Indian journal of veterinary science and animal husbandry - Volume 9,
Year: 1939
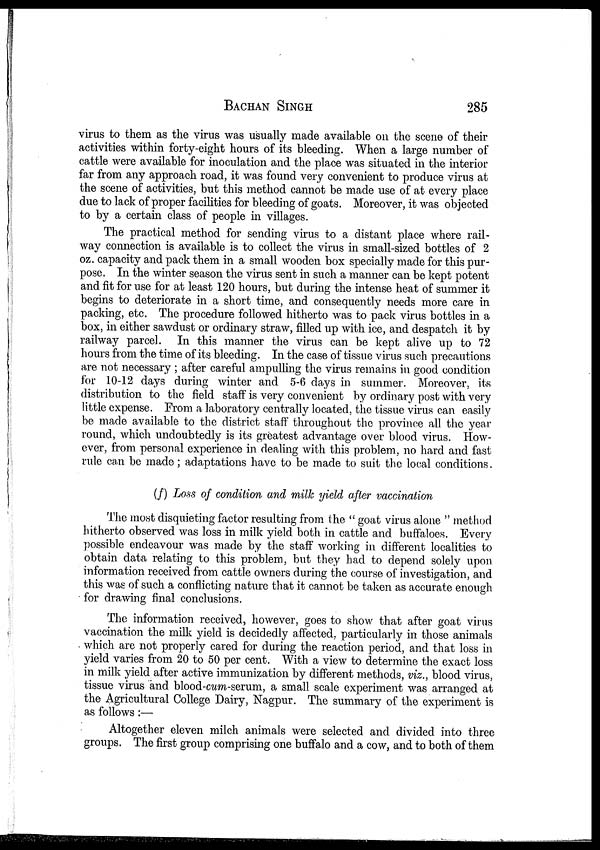
BACHAN SINGH 285
virus to them as the virus was usually made available on the scene of their
activities within forty-eight hours of its bleeding. When a large number of
cattle were available for inoculation and the place was situated in the interior
far from any approach road, it was found very convenient to produce virus at
the scene of activities, but this method cannot be made use of at every place
due to lack of proper facilities for bleeding of goats. Moreover, it was objected
to by a certain class of people in villages.
The practical method for sending virus to a distant place where rail-
way connection is available is to collect the virus in small-sized bottles of 2
oz. capacity and pack them in a small wooden box specially made for this pur-
pose. In the winter season the virus sent in such a manner can be kept potent
and fit for use for at least 120 hours, but during the intense heat of summer it
begins to deteriorate in a short time, and consequently needs more care in
packing, etc. The procedure followed hitherto was to pack virus bottles in a
box, in either sawdust or ordinary straw, filled up with ice, and despatch it by
railway parcel. In this manner the virus can be kept alive up to 72
hours from the time of its bleeding. In the case of tissue virus such precautions
are not necessary ; after careful ampulling the virus remains in good condition
for 10-12 days during winter and 5-6 days in summer. Moreover, its
distribution to the field staff is very convenient by ordinary post with very
little expense. From a laboratory centrally located, the tissue virus can easily
be made available to the district staff throughout the province all the year
round, which undoubtedly is its greatest advantage over blood virus. How-
ever, from personal experience in dealing with this problem, no hard and fast
rule can be made; adaptations have to be made to suit the local conditions.
(f) Loss of condition and milk yield after vaccination
The most disquieting factor resulting from the " goat virus alone " method
hitherto observed was loss in milk yield both in cattle and buffaloes. Every
possible endeavour was made by the staff working in different localities to
obtain data relating to this problem, but they had to depend solely upon
information received from cattle owners during the course of investigation, and
this was of such a conflicting nature that it cannot be taken as accurate enough
for drawing final conclusions.
The information received, however, goes to show that after goat virus
vaccination the milk yield is decidedly affected, particularly in those animals
which are not properly cared for during the reaction period, and that loss in
yield varies from 20 to 50 per cent. With a view to determine the exact loss
in milk yield after active immunization by different methods, viz., blood virus,
tissue virus and blood-cum-serum, a small scale experiment was arranged at
the Agricultural College Dairy, Nagpur. The summary of the experiment is
as follows :—
Altogether eleven milch animals were selected and divided into three
groups. The first group comprising one buffalo and a cow, and to both of them